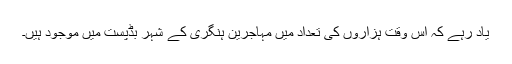
یاد رہے کہ اس وقت ہزاروں کی تعداد میں مہاجرین ہنگری کے شہر بڈپست میں موجود ہیں۔